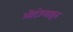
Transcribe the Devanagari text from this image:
ओटोलाइन